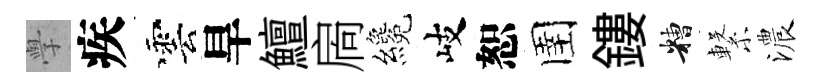
𭓕疾雲旱鱣扄纔岐恕圉鏤糟繋濃